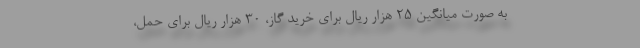
به صورت میانگین ۲۵ هزار ریال برای خرید گاز، ۳۰ هزار ریال برای حمل،